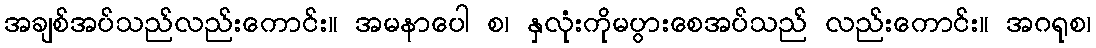
အချစ်အပ်သည်လည်းကောင်း။ အမနာပေါ စ၊ နှလုံးကိုမပွားစေအပ်သည် လည်းကောင်း။ အဂရုစ၊